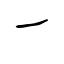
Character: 一